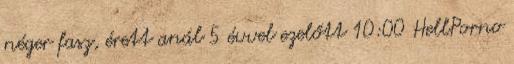
néger fasz, érett anál 5 évvel ezelőtt 10:00 HellPorno